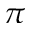
\pi